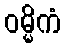
ဝမ္မိကံ